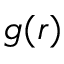
g ( r )